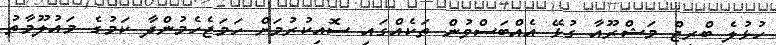
ހުޅުލެ ބްރިޖް މަޝްރޫއާ ގުޅޭ އެއްބަސްވުން ތަކެއްގައި ސޮއިކުރުމަށް ހަމަޖެހެމުންދާ ކަމުގެ މައުލޫމާތު